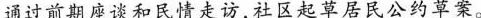
通过前期座谈和民情走访，社区起草居民公约草案